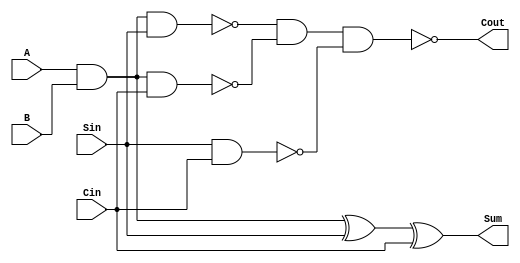
module MFA (Sum, Cout, A, B, Sin, Cin);
   input A;
   input B;
   input Sin;
   input Cin;   
   output Sum;
   output Cout;
	wire    w0;
	wire	w1;
	wire	w2;
	wire	w3;
	wire	w4;
	and     a1(w0, A, B);
	xor	x1(w1, w0, Sin);
	xor	x2(Sum, w1, Cin);
	nand    n1(w2, w0, Sin);
	nand    n2(w3, w0, Cin);
	nand	n3(w4, Sin, Cin);
	nand	n4(Cout, w2, w3, w4);
endmodule